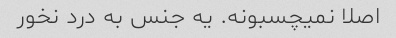
اصلا نمیچسبونه. یه جنس به درد نخور